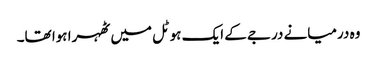
وہ درمیانے درجے کے ایک ہوٹل میں ٹھہرا ہوا تھا۔